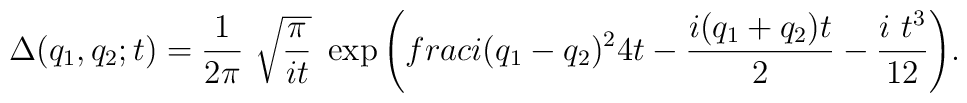
\Delta (q_1,q_2;t)={\frac 1{2\pi }}~\sqrt{{\frac \pi {it}}}~\exp {\left( {\\frac{i(q_1-q_2)^2}{4t}}-{\frac{i(q_1+q_2)t}2}-{\frac{i~t^3}{12}}\right) }.